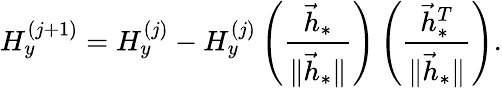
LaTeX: H_{y}^{(j+1)}=H_{y}^{(j)}-H_{y}^{(j)}\left(\frac{\vec{h}_{\ast}}{\lVert\vec{h}_{\ast}\rVert}\right)\left(\frac{\vec{h}_{\ast}^{T}}{\lVert\vec{h}_{\ast}\rVert}\right).